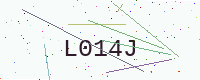
Text: L014J